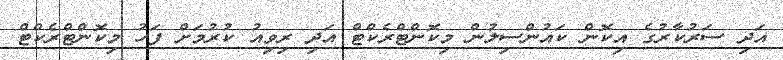
އަދި ސަރުކާރުގެ އިކޮން ކައުންސިލުން މިކޮންޓްރެކްޓް އަދި ރިވިއު ކުރުމަށް ފަހު މިކޮންޓްރެކްޓް